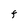
Character: F